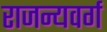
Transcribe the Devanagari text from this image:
राजन्यवर्ग